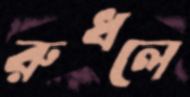
রুধলে